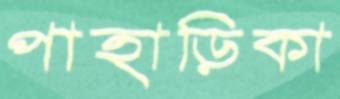
পাহাড়িকা